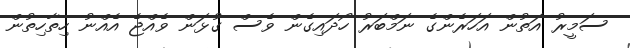
ސަމީރު އަތުން އަހަރެންގެ ނަމްބަރު ހޯދައިގެން ވެސް ގުޅަން ވެއްޖެ އެއްނު ހިތާހިތުން